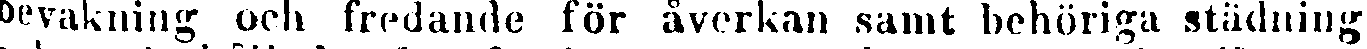
bevakning och fredande för åverkan samt behöriga städning